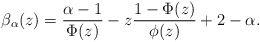
\begin{align*}\beta_\alpha(z)=\frac{\alpha-1}{\Phi(z)} - z \frac{1-\Phi(z)}{\phi(z)} + 2 - \alpha.\end{align*}